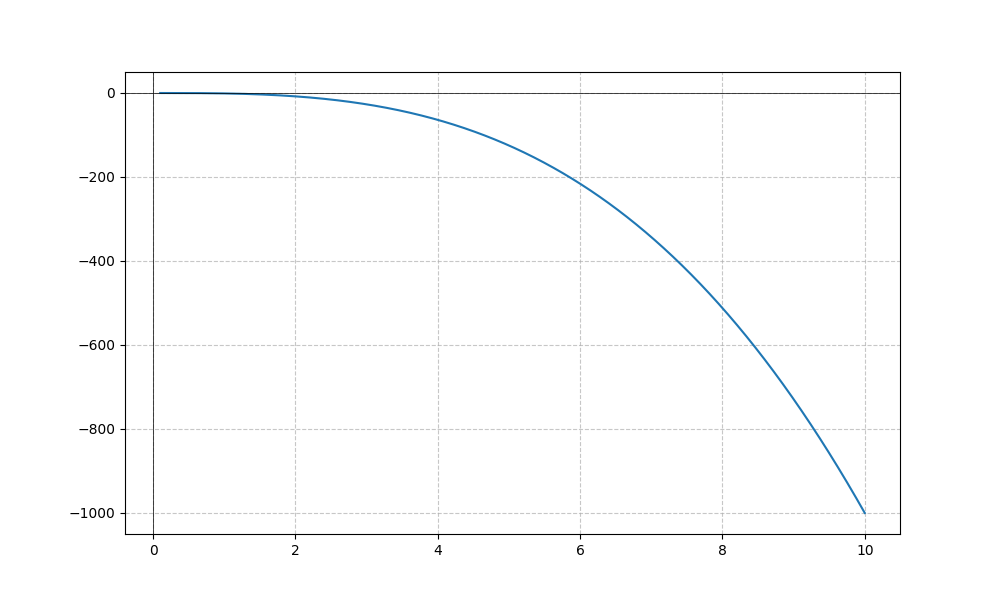
LaTeX formula: - x^{3}